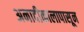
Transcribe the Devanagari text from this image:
अनादीकालापासून